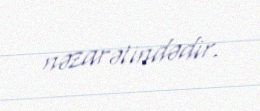
nəzarətindədir.